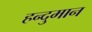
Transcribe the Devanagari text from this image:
हन्दुमान